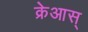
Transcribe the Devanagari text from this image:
क्रेआस्